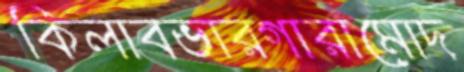
কিলাবভারগারামোদ